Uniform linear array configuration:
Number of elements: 32
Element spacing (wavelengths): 0.5
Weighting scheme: hann
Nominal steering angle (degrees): -45
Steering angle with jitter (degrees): -45.337
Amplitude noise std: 0.05
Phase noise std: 0.05

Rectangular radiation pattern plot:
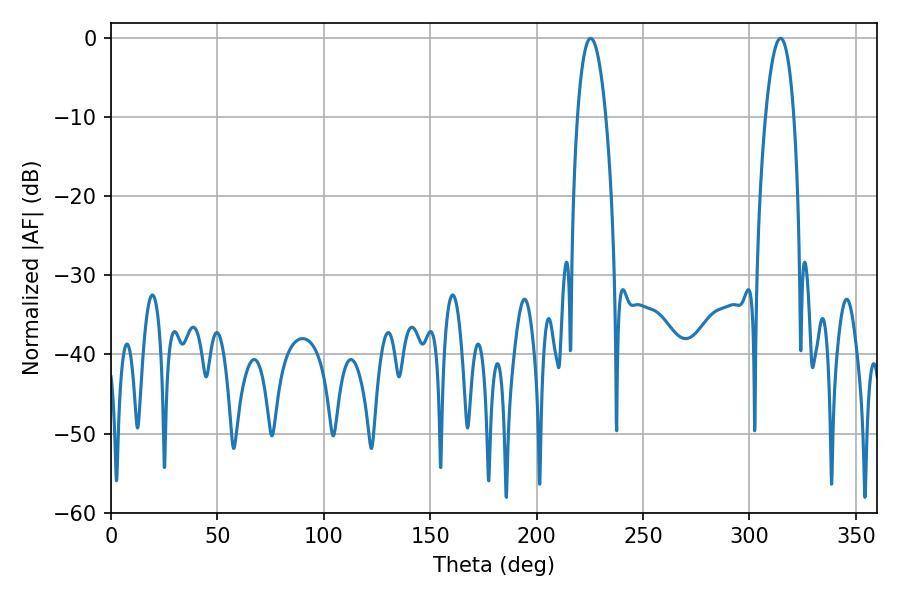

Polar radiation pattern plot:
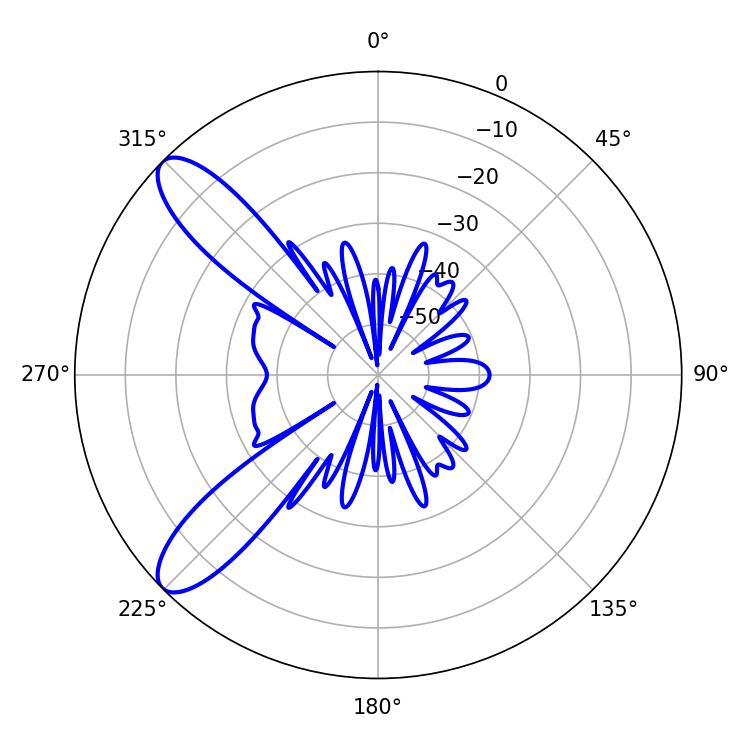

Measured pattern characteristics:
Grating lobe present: FALSE
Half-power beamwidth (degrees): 7.56
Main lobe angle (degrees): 225.36